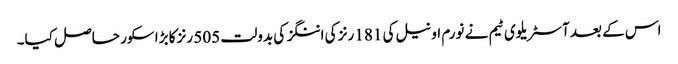
اس کے بعد آسٹریلوی ٹیم نے نورم او نیل کی 181 رنز کی اننگز کی بدولت 505 رنز کا بڑا سکور حاصل کیا۔